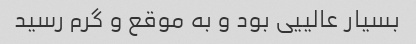
بسیار عالییی بود و به موقع و گرم رسید